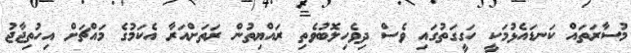
މުސާރަތައް ކަނޑައެޅުމަކީ ހަގީގަތުގައި ވެސް ދިވެހިލޮބުވެތި ރައްޔިތުން ރަތަށްއަރާ އެކަމުގެ މައްޗަށް އިހުތިޖާޖު